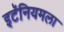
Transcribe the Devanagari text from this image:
इटॅनियमला